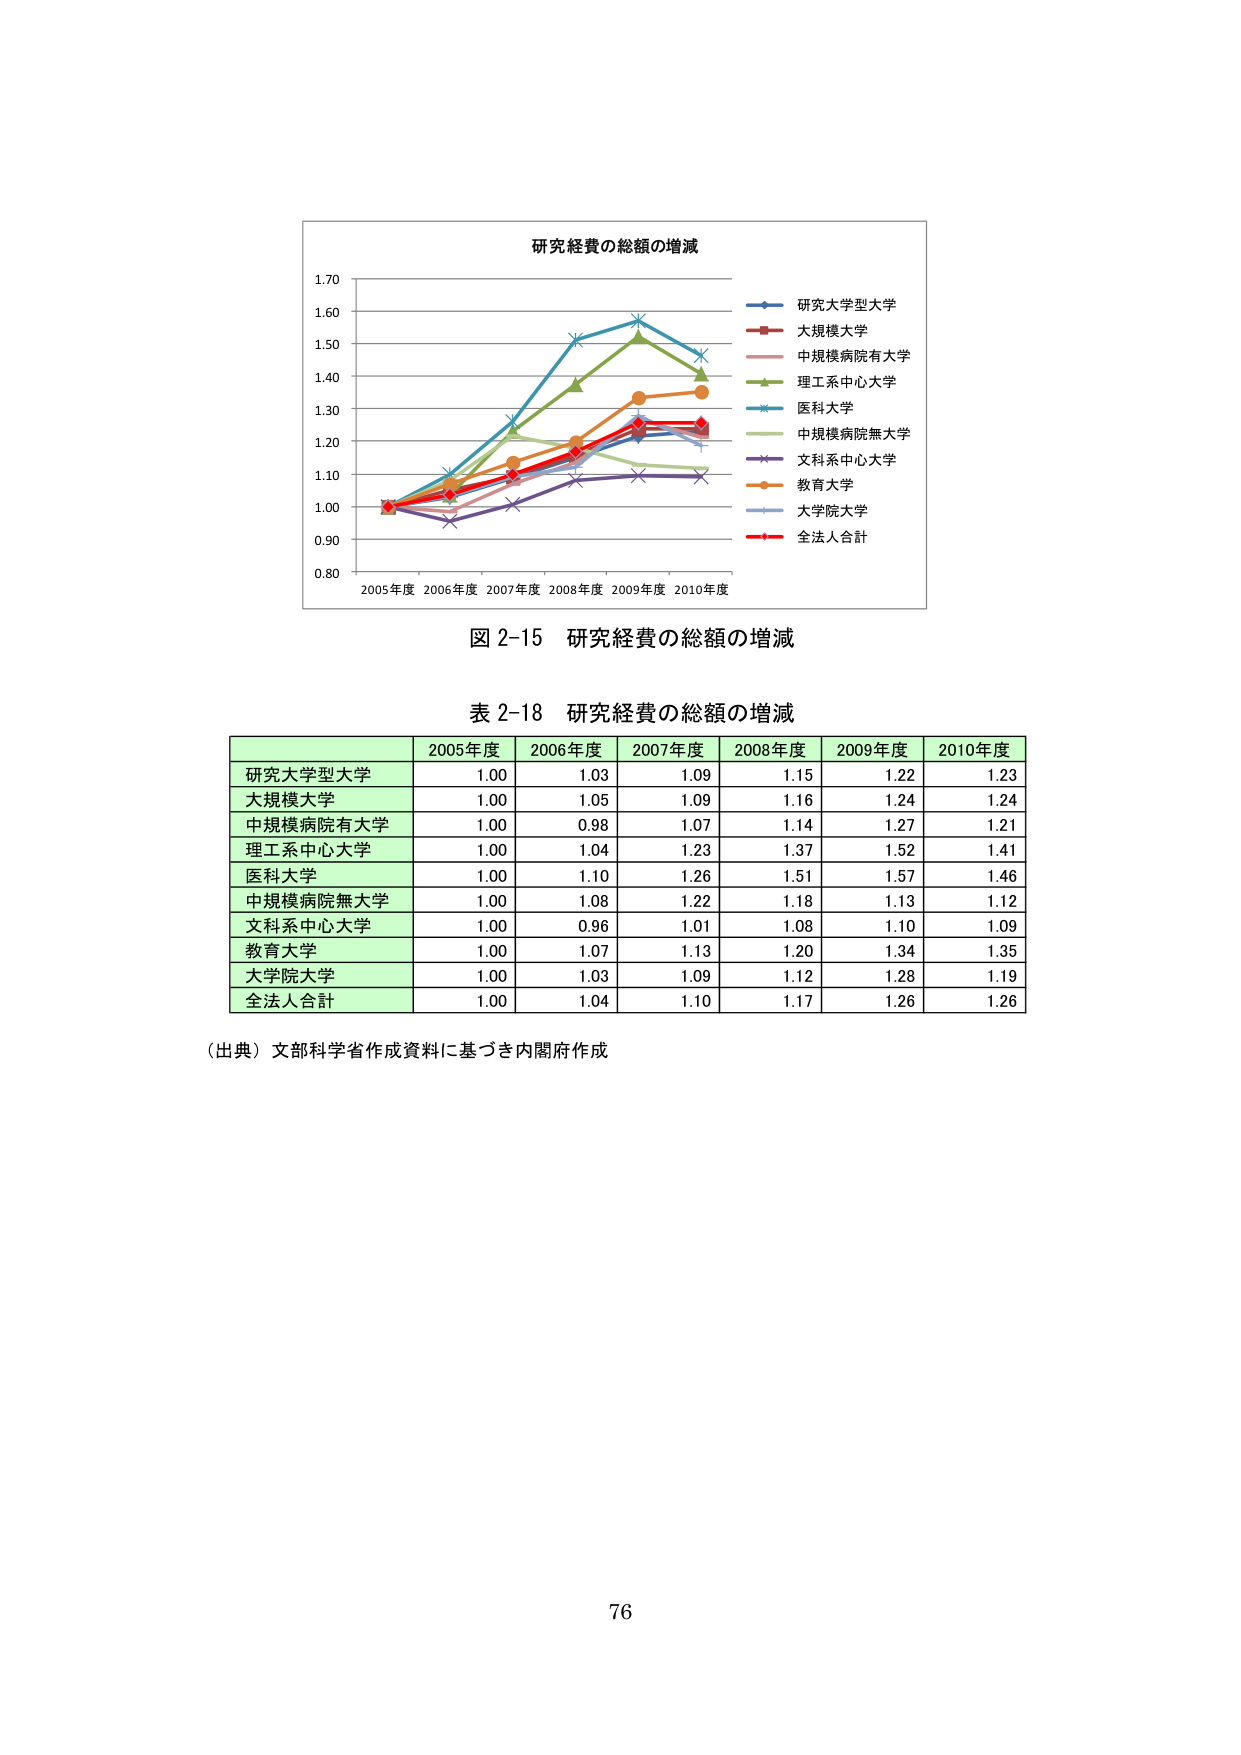
研究経費の総額の増減
研究大学型大学
大規模大学
中規模病院有大学
理工系中心大学
医科大学
中規模病院無大学
文科系中心大学
教育大学
大学院大学
全法人合計
2005年度 2006年度 2007年度 2008年度 2009年度 2010年度
0.80
0.90
1.00
1.10
1.20
1.30
1.40
1.50
1.60
1.70
図 2-15 研究経費の総額の増減
表 2-18 研究経費の総額の増減
2005年度 2006年度 2007年度 2008年度 2009年度 2010年度
研究大学型大学 1.00 1.03 1.09 1.15 1.22 1.23
大規模大学 1.00 1.05 1.09 1.16 1.24 1.24
中規模病院有大学 1.00 0.98 1.07 1.14 1.27 1.21
理工系中心大学 1.00 1.04 1.23 1.37 1.52 1.41
医科大学 1.00 1.10 1.26 1.51 1.57 1.46
中規模病院無大学 1.00 1.08 1.22 1.18 1.13 1.12
文科系中心大学 1.00 0.96 1.01 1.08 1.10 1.09
教育大学 1.00 1.07 1.13 1.20 1.34 1.35
大学院大学 1.00 1.03 1.09 1.12 1.28 1.19
全法人合計 1.00 1.04 1.10 1.17 1.26 1.26
（出典）文部科学省作成資料に基づき内閣府作成
76